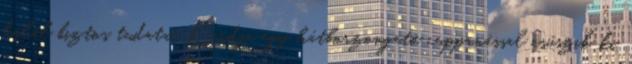
halál biztos tudata. Kardja egy hátborzongató cuppanással csúszik ki